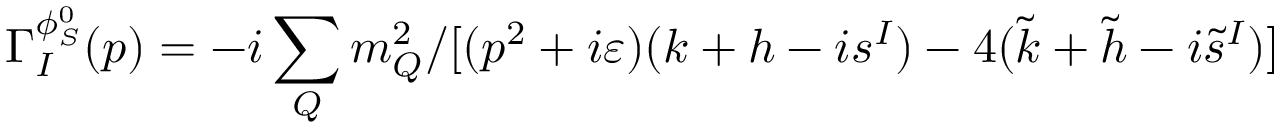
\Gamma _ { I } ^ { \phi _ { S } ^ { 0 } } ( p ) = - i \sum _ { Q } m _ { Q } ^ { 2 } / [ ( p ^ { 2 } + i \varepsilon ) ( k + h - i s ^ { I } ) - 4 ( \tilde { k } + \tilde { h } - i \tilde { s } ^ { I } ) ]